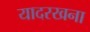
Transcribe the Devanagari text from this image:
यादरखना